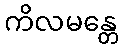
ကိလမန္တေ